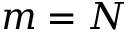
m = N